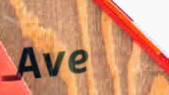
Ave